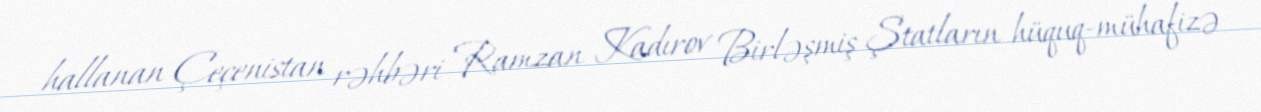
hallanan Çeçenistan rəhbəri Ramzan Kadırov Birləşmiş Ştatların hüquq-mühafizə